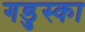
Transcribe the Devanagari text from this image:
गडुस्का